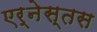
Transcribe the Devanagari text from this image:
एर्नेस्तस